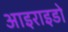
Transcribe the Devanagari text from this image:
आइराइडो